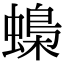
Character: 蟂